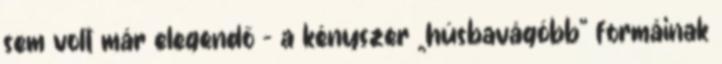
sem volt már elegendő – a kényszer „húsbavágóbb” formáinak